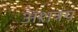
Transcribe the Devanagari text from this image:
अंशत्रय